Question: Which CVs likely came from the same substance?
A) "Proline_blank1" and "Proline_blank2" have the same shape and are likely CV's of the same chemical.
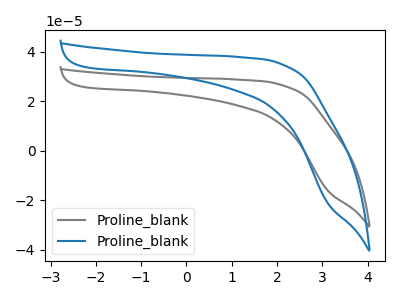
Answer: <think>The gray curve "Proline_blank1" has no peaks. The blue curve "Proline_blank2" has no peaks.
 Neither "Proline_blank1" or "Proline_blank2" have any peaks.</think>
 <answer>A) "Proline_blank1" and "Proline_blank2" have the same shape and are likely CV's of the same chemical.</answer>
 <eval>A</eval>